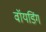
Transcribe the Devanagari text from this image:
वॉयडिंग